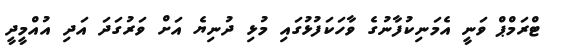
ޓްރަމްޕް ވަނީ އެމަނިކުފާނުގެ ވާހަކަފުޅުގައި މުޅި ދުނިޔެ އަށް ވަރުގަދަ އަދި އުއްމީދީ